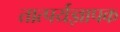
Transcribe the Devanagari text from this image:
तात्पर्यज्ञापक